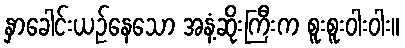
နှာခေါင်းယဉ်နေသော အနံ့ဆိုးကြီးက စူးစူးဝါးဝါး။